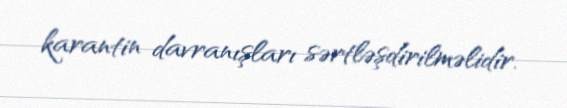
karantin davranışları sərtləşdirilməlidir.